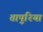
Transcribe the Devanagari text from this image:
तापुरिया